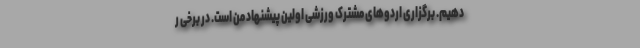
دهیم. برگزاری اردوهای مشترک ورزشی اولین پیشنهاد من است. در برخی ر